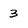
Character: 3